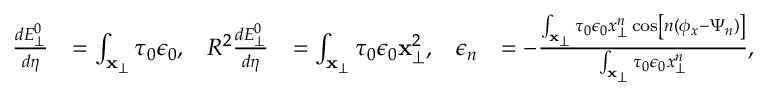
\begin{array} { r l r l r l } { \frac { d E _ { \perp } ^ { 0 } } { d \eta } } & { = \int _ { \mathbf { x } _ { \perp } } \tau _ { 0 } \epsilon _ { 0 } , } & { R ^ { 2 } \frac { d E _ { \perp } ^ { 0 } } { d \eta } } & { = \int _ { \mathbf { x } _ { \perp } } \tau _ { 0 } \epsilon _ { 0 } \mathbf { x } _ { \perp } ^ { 2 } , } & { \epsilon _ { n } } & { = - \frac { \int _ { \mathbf { x } _ { \perp } } \tau _ { 0 } \epsilon _ { 0 } x _ { \perp } ^ { n } \cos \left[ n ( \phi _ { x } - \Psi _ { n } ) \right] } { \int _ { \mathbf { x } _ { \perp } } \tau _ { 0 } \epsilon _ { 0 } x _ { \perp } ^ { n } } , } \end{array}